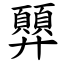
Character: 顨